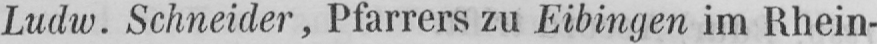
Ludw. Schneider, Pfarrers zu Eibingen im Rhein-